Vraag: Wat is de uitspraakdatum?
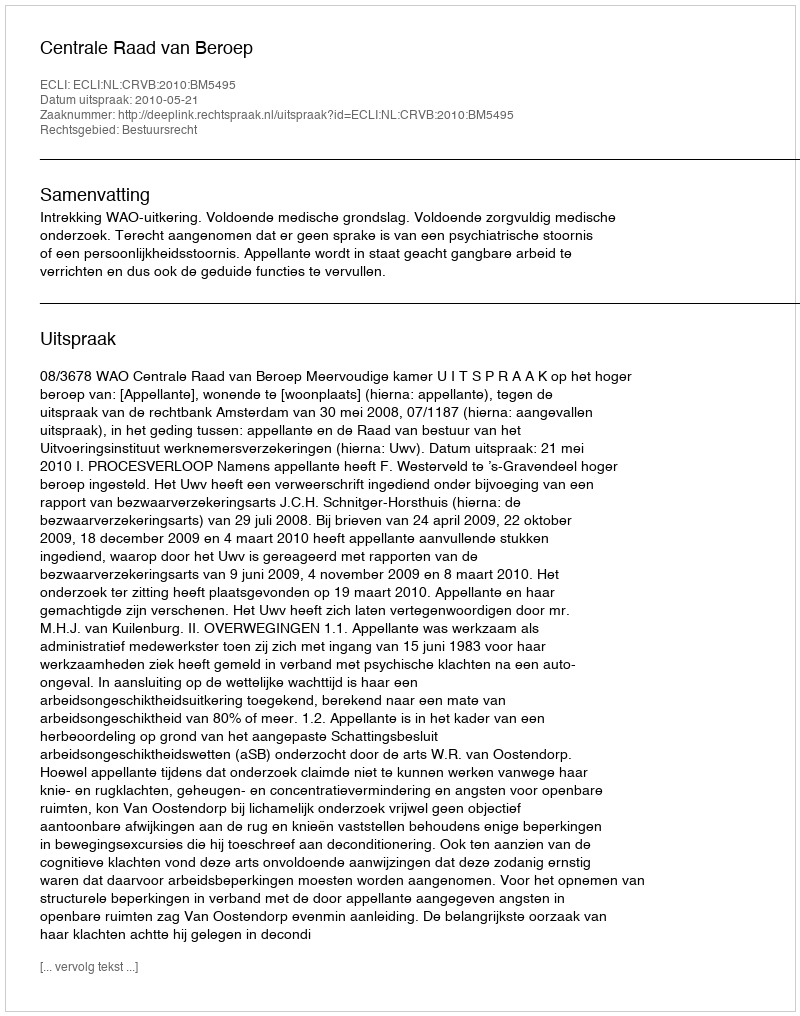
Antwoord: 2010-05-21